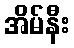
အိမ်နီး